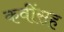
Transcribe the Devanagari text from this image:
कवींसह